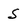
Character: S